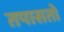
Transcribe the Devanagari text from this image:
तपासतो